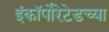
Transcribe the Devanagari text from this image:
इंकॉर्पोरेटेडच्या